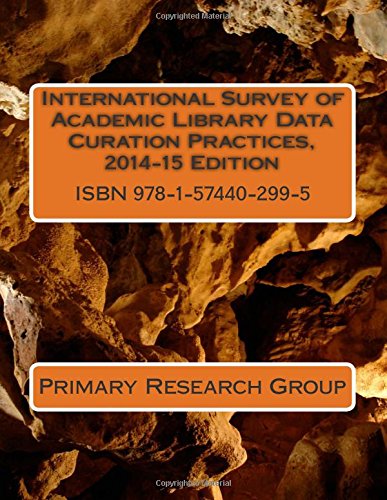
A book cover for International Survey of Academic Library Data Curation Practices, 2014-15 Edition; Primary Research Group; Politics & Social Sciences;